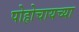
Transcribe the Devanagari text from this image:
पोहोचायच्या